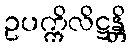
ဥပက္ကိလိဋ္ဌန္တိ